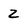
Character: 2